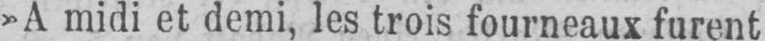
»A midi et demi, les trois fourneaux furent